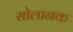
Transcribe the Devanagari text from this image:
सोलानक